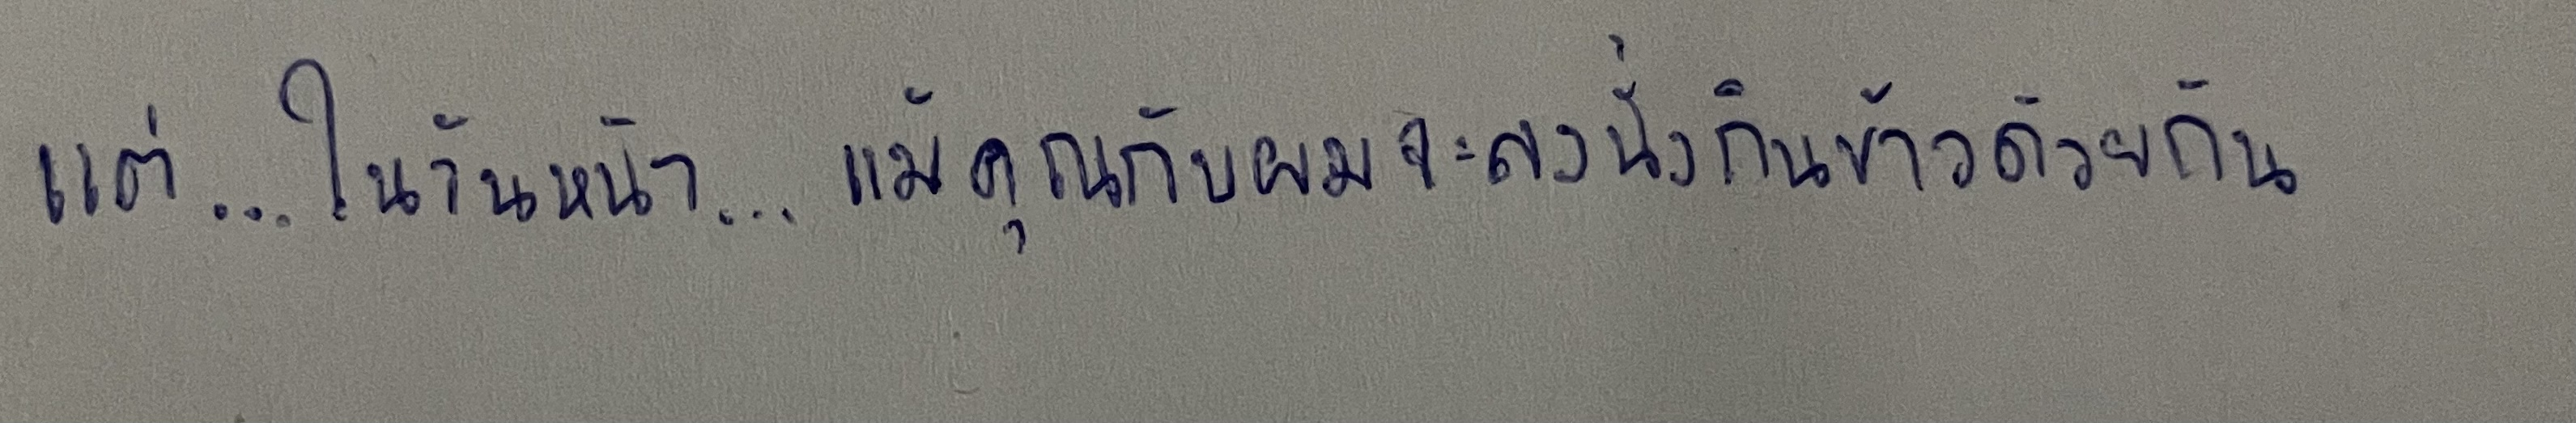
แต่...ในวันหน้า...แม้คุณกับผมจะลงนั่งกินข้าวด้วยกัน